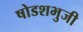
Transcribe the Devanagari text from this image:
षोडशभुजी